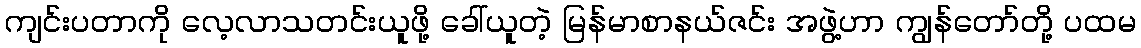
ကျင်းပတာကို လေ့လာသတင်းယူဖို့ ခေါ်ယူတဲ့ မြန်မာစာနယ်ဇင်း အဖွဲ့ဟာ ကျွန်တော်တို့ ပထမ